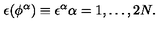
\epsilon ( \phi ^ { \alpha } ) \equiv \epsilon ^ { \alpha } \alpha = 1 , \ldots , 2 N .